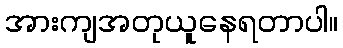
အားကျအတုယူနေရတာပါ။